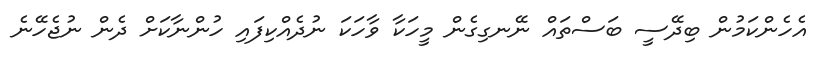
އެހެންކަމުން ބިދޭސީ ބަސްތައް ނޭނގިގެން މީހަކާ ވާހަކަ ނުދެއްކިފައި ހުންނާކަށް ދެން ނުޖެހޭނެ